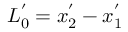
L _ { 0 } ^ { ' } = x _ { 2 } ^ { ' } - x _ { 1 } ^ { ' }